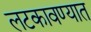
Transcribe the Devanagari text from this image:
लटकावण्यात